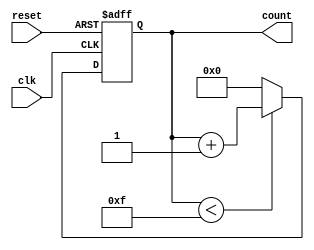
module binary_counter #(
    parameter N = 4  // Number of bits for the counter
)(
    input wire clk,       // Clock signal
    input wire reset,     // Active-high reset signal
    output reg [N-1:0] count // N-bit output representing the current count value
);

    // On the rising edge of the clock or whenever reset is high
    always @(posedge clk or posedge reset) begin
        if (reset) begin
            // Reset the count to zero
            count <= 0;
        end else begin
            // Increment the count if it's less than the maximum value
            if (count < (1 << N) - 1) begin
                count <= count + 1;
            end else begin
                // Wrap around to zero
                count <= 0;
            end
        end
    end

endmodule